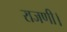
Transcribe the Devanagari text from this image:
राजणी।